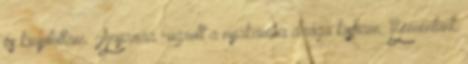
és kinyitottam. -Anyaaaa -ugrott a nyakamba drága kisfiam. Bementünk